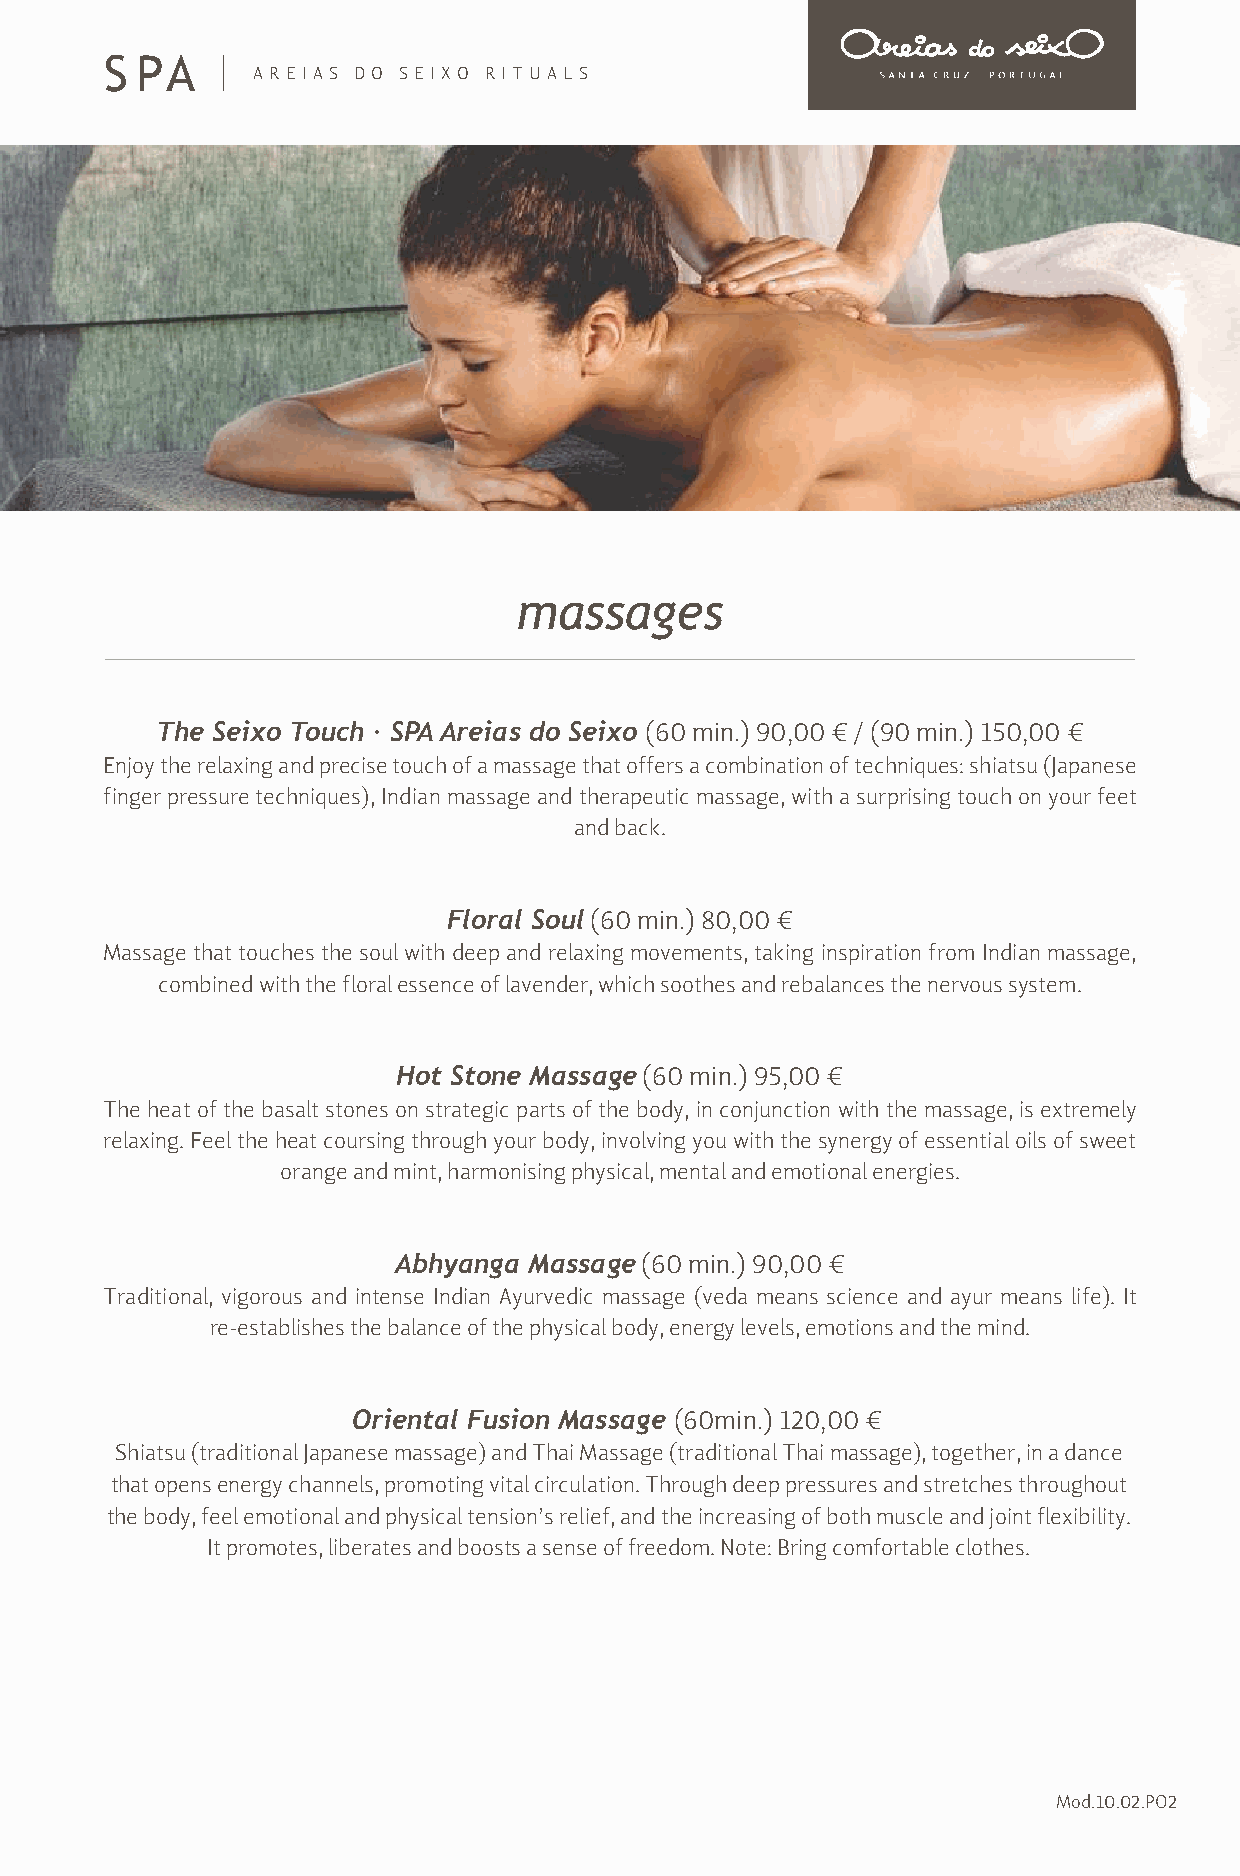
S PA
 AREIA S DO SEIXO RITUALS
 massages
 The Seixo Touch · SPA Areias do Seixo (60 min.) 90,00 € / (90 min.) 150,00 €
 Enjoy the relaxing and precise touch of a massage that offers a combination of techniques: shiatsu (Japanese
 finger pressure techniques), Indian massage and therapeutic massage, with a surprising touch on your feet
 and back.
 Floral Soul (60 min.) 80,00 €
 Massage that touches the soul with deep and relaxing movements, taking inspiration from Indian massage,
 combined with the floral essence of lavender, which soothes and rebalances the nervous system.
 Hot Stone Massage (60 min.) 95,00 €
 The heat of the basalt stones on strategic parts of the body, in conjunction with the massage, is extremely
 relaxing. Feel the heat coursing through your body, involving you with the synergy of essential oils of sweet
 orange and mint, harmonising physical, mental and emotional energies.
 Abhyanga Massage (60 min.) 90,00 €
 Traditional, vigorous and intense Indian Ayurvedic massage (veda means science and ayur means life). It
 re-establishes the balance of the physical body, energy levels, emotions and the mind.
 Oriental Fusion Massage (60min.) 120,00 €
 Shiatsu (traditional Japanese massage) and Thai Massage (traditional Thai massage), together, in a dance
 that opens energy channels, promoting vital circulation. Through deep pressures and stretches throughout
 the body, feel emotional and physical tension’s relief, and the increasing of both muscle and joint flexibility.
 It promotes, liberates and boosts a sense of freedom. Note: Bring comfortable clothes.
 Mod.10.02.PO2